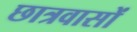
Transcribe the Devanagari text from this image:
छात्रवासों